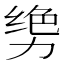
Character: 𫦳